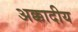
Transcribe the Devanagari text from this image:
अक्कादीय